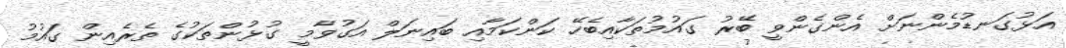
އަޅުގަނޑުމެންނަށް އެންގެންވީ ބޭރު ގައުމުތަކާއިބެހޭ ކަންކަމާއި ބައިނަލް އަގުވާމީ ގުޅުންތަކުގެ ތެރެއިން ގައުމު